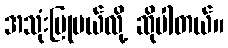
အသုံးပြုမယ်လို့ ဆိုပါတယ်။